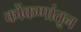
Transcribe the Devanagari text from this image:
कोंकणांतून